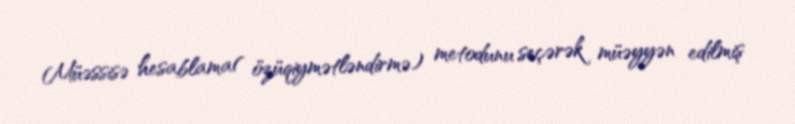
Müəssisə hesablama( özüqiymətləndirmə) metodunu seçərək müəyyən edilmiş